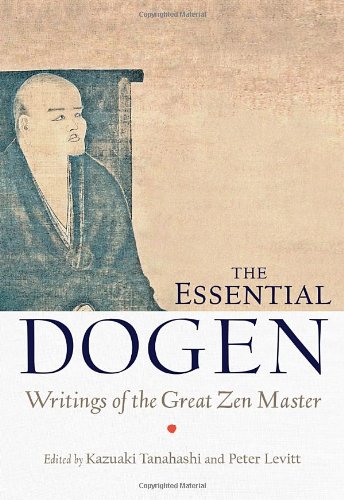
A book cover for The Essential Dogen: Writings of the Great Zen Master; Religion & Spirituality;